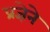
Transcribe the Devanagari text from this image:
प्रज्ञेने